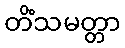
တိံသမတ္တာ